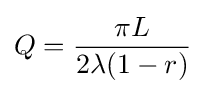
Q={\frac {\pi L}{2\lambda (1-r)}}